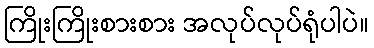
ကြိုးကြိုးစားစား အလုပ်လုပ်ရုံပါပဲ။